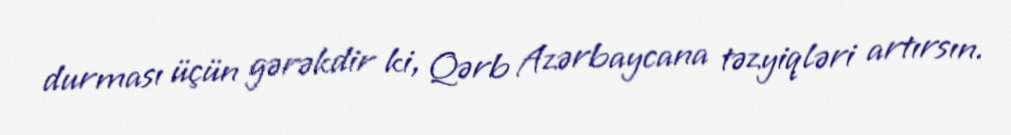
durması üçün gərəkdir ki, Qərb Azərbaycana təzyiqləri artırsın.